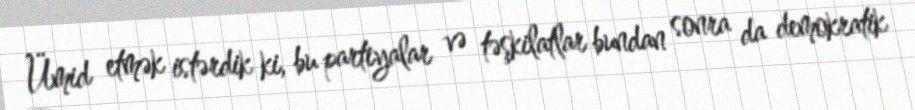
Ümid etmək istərdik ki, bu partiyalar və təşkilatlar bundan sonra da demokratik